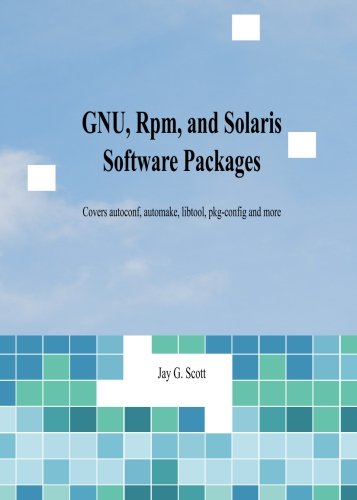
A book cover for GNU, Rpm, and Solaris Software Packages; Jay G. Scott; Computers & Technology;